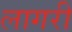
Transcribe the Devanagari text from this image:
लागरी